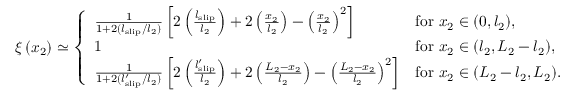
\xi \left( x _ { 2 } \right) \simeq \left\{ \begin{array} { l l } { \frac { 1 } { 1 + 2 ( l _ { \mathrm { s l i p } } / l _ { 2 } ) } \left[ 2 \left( \frac { l _ { \mathrm { s l i p } } } { l _ { 2 } } \right) + 2 \left( \frac { x _ { 2 } } { l _ { 2 } } \right) - \left( \frac { x _ { 2 } } { l _ { 2 } } \right) ^ { 2 } \right] } & { \mathrm { f o r ~ } x _ { 2 } \in ( 0 , l _ { 2 } ) , } \\ { 1 } & { \mathrm { f o r ~ } x _ { 2 } \in ( l _ { 2 } , L _ { 2 } - l _ { 2 } ) , } \\ { \frac { 1 } { 1 + 2 ( l _ { \mathrm { s l i p } } ^ { \prime } / l _ { 2 } ) } \left[ 2 \left( \frac { l _ { \mathrm { s l i p } } ^ { \prime } } { l _ { 2 } } \right) + 2 \left( \frac { L _ { 2 } - x _ { 2 } } { l _ { 2 } } \right) - \left( \frac { L _ { 2 } - x _ { 2 } } { l _ { 2 } } \right) ^ { 2 } \right] } & { \mathrm { f o r ~ } x _ { 2 } \in ( L _ { 2 } - l _ { 2 } , L _ { 2 } ) . } \end{array} \right.